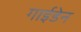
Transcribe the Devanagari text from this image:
गाईडेन